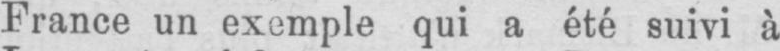
France un exemple qui a été suivi à